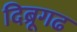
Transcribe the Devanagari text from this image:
दिब्रूगढ